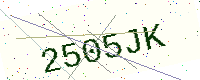
Text: 2505JK